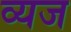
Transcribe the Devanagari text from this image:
व्यज